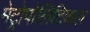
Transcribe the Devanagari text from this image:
मेट्रोपोलिटिकल